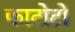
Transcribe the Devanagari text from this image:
फाटोटो